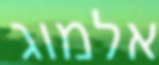
אלמוג